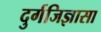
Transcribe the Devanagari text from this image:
दुर्गजिज्ञासा